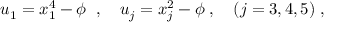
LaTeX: u _ { 1 } = x _ { 1 } ^ { 4 } - \phi \; \; , \quad u _ { j } = x _ { j } ^ { 2 } - \phi \; , \quad ( j = 3 , 4 , 5 ) \; ,